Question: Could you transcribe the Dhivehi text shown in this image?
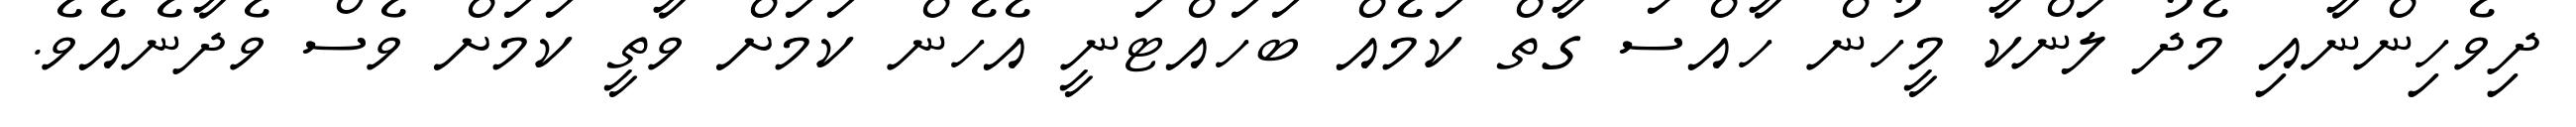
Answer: ދިވެހިންނާއި މެދު ލަންކާ މީހުން ހާއްސަ ގާތް ކަމެއް ބަހައްޓަނީ އެހެން ކަމަށް ވާތީ ކަމަށް ވެސް ވެދާނެއެވެ.